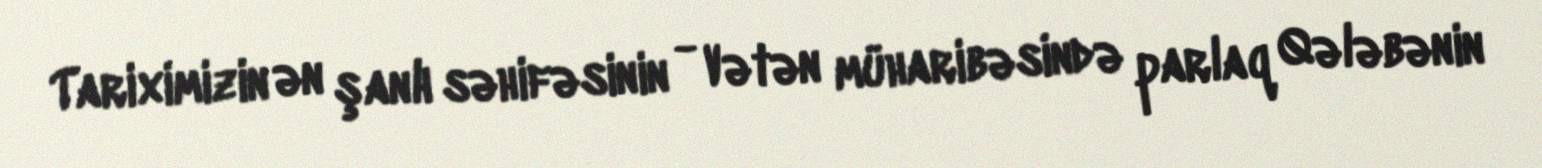
Tariximizin ən şanlı səhifəsinin - Vətən müharibəsində parlaq Qələbənin